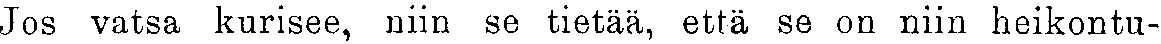
Jos vatsa kurisee, niin se tietää, että se on niin heikontu-